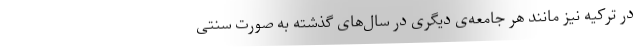
در ترکیه نیز مانند هر جامعه‌ی دیگری در سال‌های گذشته به صورت سنتی